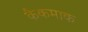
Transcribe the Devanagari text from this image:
कैकमाक